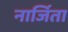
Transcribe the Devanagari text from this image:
नार्जिता